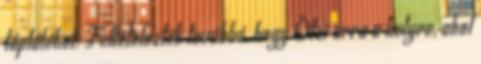
táplálékot. Feltételezték továbbá, hogy Ötzi arra a helyre, ahol